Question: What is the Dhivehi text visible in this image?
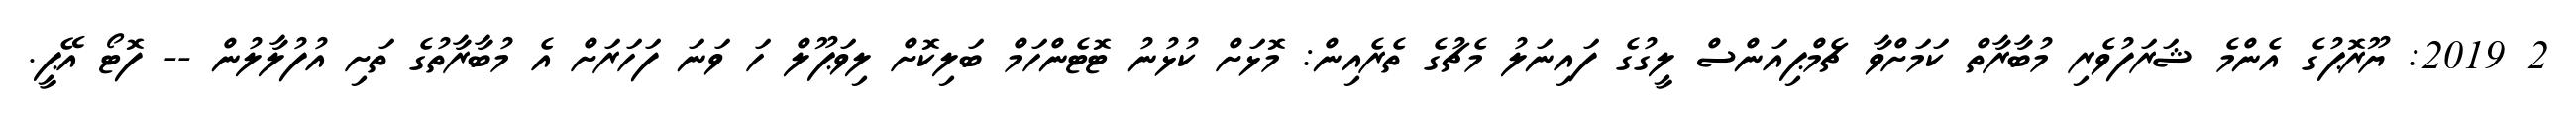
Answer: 2 2019: ޔޫރޮޕުގެ އެންމެ ޝަރަފުވެރި މުބާރާތް ކަމަށްވާ ޗެމްޕިއަންސް ލީގުގެ ފައިނަލު މެޗުގެ ތެރެއިން: މޮޅަށް ކުޅުނު ޓޮޓެންހަމް ބަލިކޮށް ލިވަޕޫލް ހަ ވަނަ ފަހަރަށް އެ މުބާރާތުގެ ތަށި އުފުލާލުން -- ފޮޓޯ އޭޕީ.